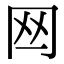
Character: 𦉯